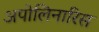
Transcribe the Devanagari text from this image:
अपोलिनारिस